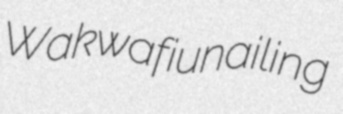
Wakwafi unailing